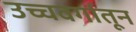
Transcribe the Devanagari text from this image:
उच्चवर्गातून